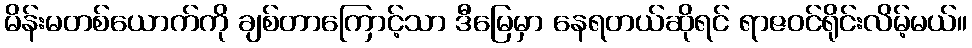
မိန်းမတစ်ယောက်ကို ချစ်တာကြောင့်သာ ဒီမြေမှာ နေရတယ်ဆိုရင် ရာဇဝင်ရိုင်းလိမ့်မယ်။